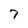
Character: 7